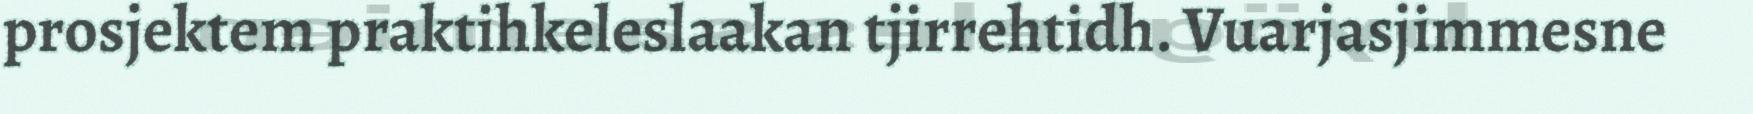
prosjektem praktihkeleslaakan tjirrehtidh. Vuarjasjimmesne